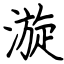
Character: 漩